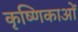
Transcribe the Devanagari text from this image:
कृष्णिकाओं